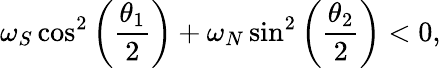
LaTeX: \omega_{S}\cos^{2}\left(\frac{\theta_{1}}{2}\right)+\omega_{N}\sin^{2}\left(\frac{\theta_{2}}{2}\right)<0,